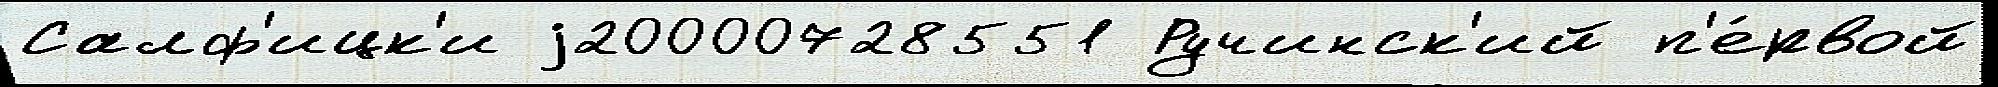
Салф'ицк'и j20000728551 Ручинск'ий п'е́рвой